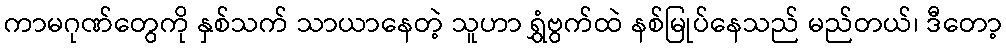
ကာမဂုဏ်တွေကို နှစ်သက် သာယာနေတဲ့ သူဟာ ရွှံဗွက်ထဲ နစ်မြုပ်နေသည် မည်တယ်၊ ဒီတော့